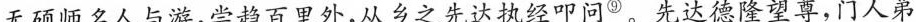
无硕师名人与游，尝趋百里外，从乡之先达执经叩问^{⑨}。先达德隆望尊，门人弟